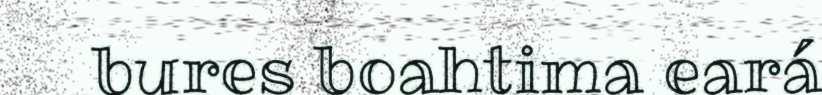
bures boahtima eará